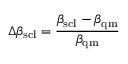
\Delta \beta _ { \mathrm { s c l } } = \frac { \beta _ { \mathrm { s c l } } - \beta _ { \mathrm { q m } } } { \beta _ { \mathrm { q m } } }